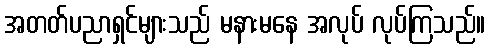
အတတ်ပညာရှင်များသည် မနားမနေ အလုပ် လုပ်ကြသည်။